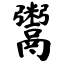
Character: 鬻